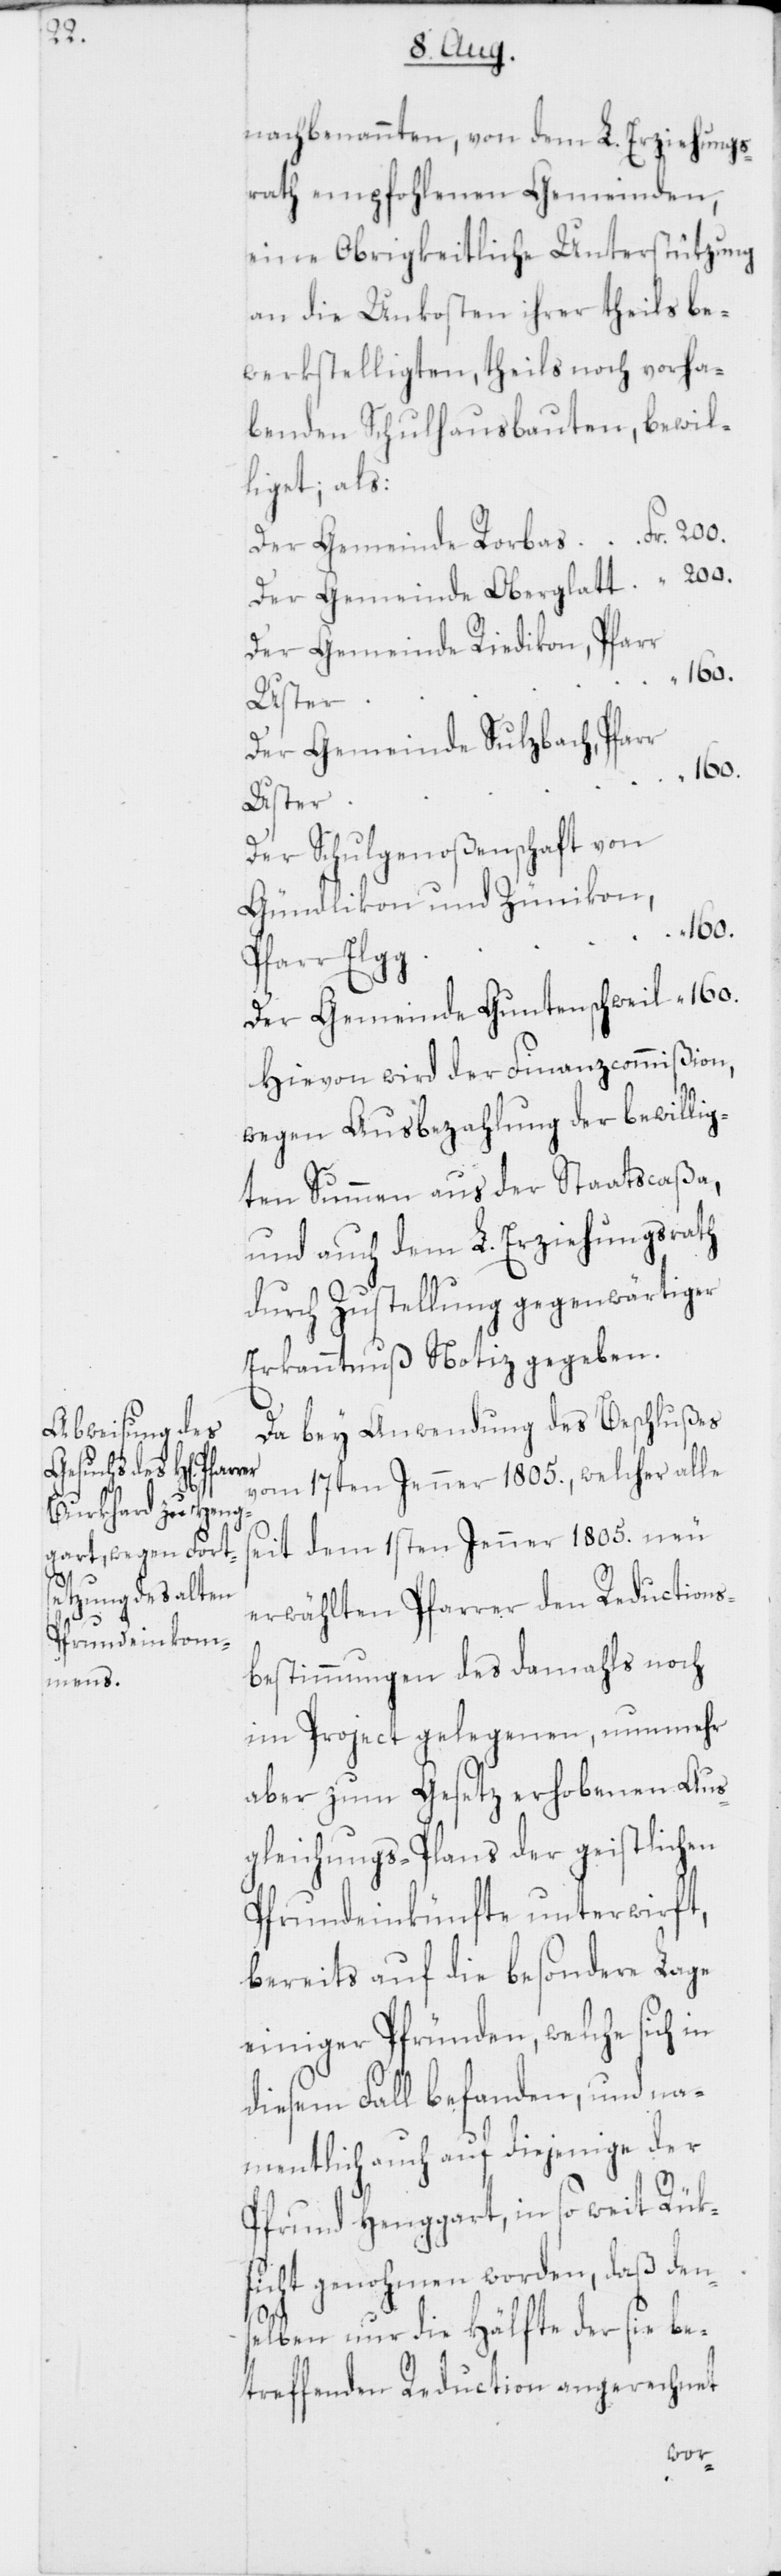
nachbenannten, von dem L. Erziehungs¬
rath empfohlenen Gemeinden,
eine Obrigkeitliche Unterstützung
an die Unkosten ihrer theils be¬
werkstelligten, theils noch vorha¬
benden Schulhausbauten, bewil¬
liget; als:
Der Gemeinde Rorbas Fr. 200.
Der Gemeinde Oberglatt “ 200.
Der Gemeinde Riedikon, Pfarr
160.
Uster
Der Gemeinde Sulzbach, Pfarr
Der Schulgenoßenschaft von
Pfarr Elgg
Der Gemeinde Guntenschweil “ 160.
Hievon wird der Finanzcommißion,
wegen Ausbezahlung der bewillig¬
ten Summen aus der Staatscaßa,
und auch dem L. Erziehungsrath
durch Zustellung gegenwärtiger
Erkanntnuß Notiz gegeben.
Da bey Anwendung des Beschlußes
vom 17ten Jenner 1805., welcher alle
seit dem 1sten Jenner 1805 neu
erwählten Pfarrer den Reductions¬
bestimmungen des damahls noch
im Project gelegenen, nunmehr
aber zum Gesetz erhobenen Aus¬
gleichungs-Plans der geistlichen
Pfrundeinkünfte unterwirft,
bereits auf die besondere Lage
einiger Pfründen, welche sich in
diesem Fall befanden, und na¬
mentlich auch auf diejenige der
Pfrund Henggart, in so weit Rük¬
sicht genohmen worden, daß dens¬
elben nur die Hälfte der sie be¬
treffenden Reduction angerechnet